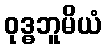
ဝုဒ္ဓဘူမိယံ